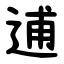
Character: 逋